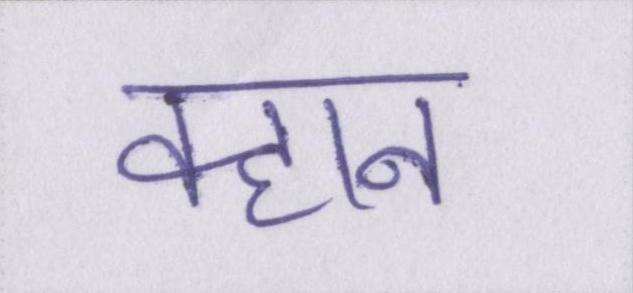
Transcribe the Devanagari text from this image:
क्हान